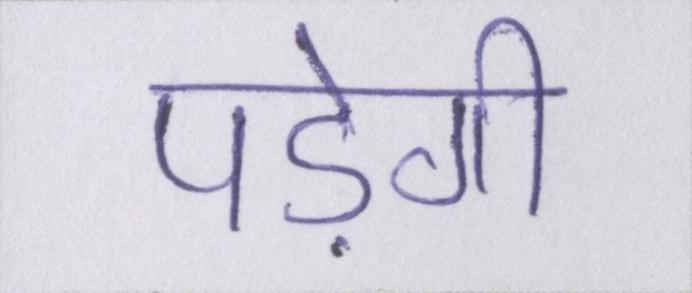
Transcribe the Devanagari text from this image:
पड़ेगी